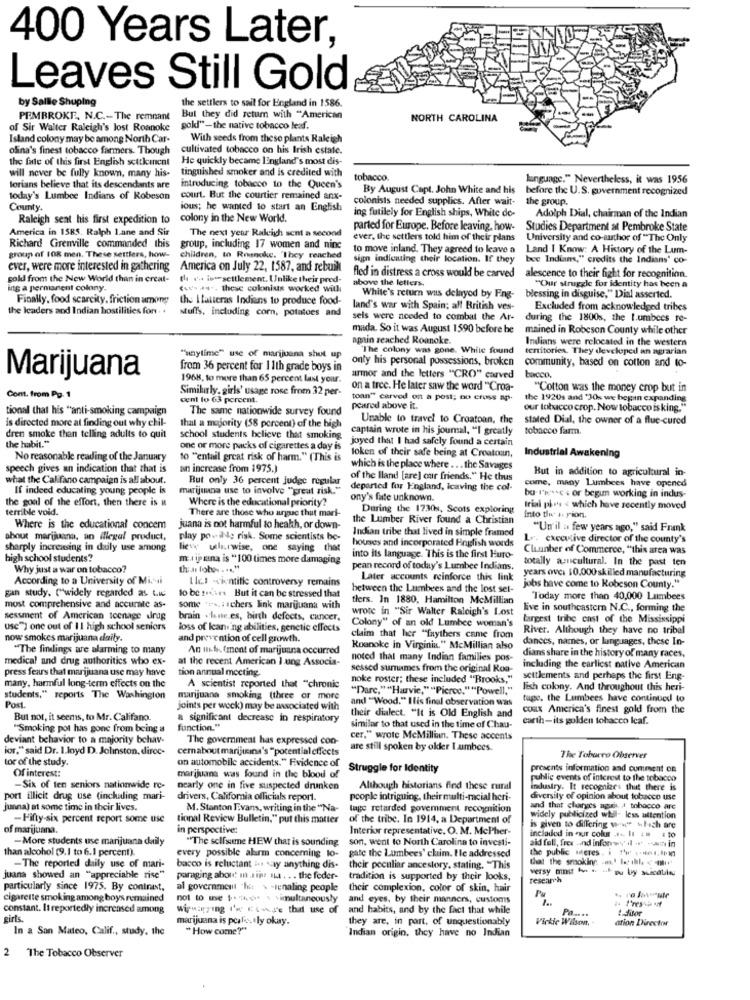
400 Years Later,
Leaves Still Gold
by Sallle Shuping
the settlers to sail for England in 1586.
PEMBROKE, N.C .- The remnant
But they did retum with "American
NORTH CAROLINA
of Sir Walter Raleigh's lost Roanoke
gold"-the native tobacco leaf.
Island colony may be among North Car-
With seeds from these plants Raleigh
ofina's finest tobacco farmers. Though
cultivated tobacco on his Irish estate.
the fate of this first English settkincnt
He quickly became England's most dis-
will never be fully known, many his-
tinguished smoker and is credited with
tobacco.
kunguage." Nevertheless, it was 1956
forians believe that its descendants are
introducing tobacco to the Queen's
By August Capt. John White and his
before the U.S. government recognized
today's Lumbee Indians of Robeson
court. But the courtier remained anx-
colonists needed supplics. After wait-
the group.
County.
ious; he wanted to start an English
Adolph Dial, chairman of the Indian
Raleigh seat his first expedition to
colony in the New World.
ing futilely for English ships, White de-
America in 1585. Ralph 1.ane and Sir
The next year Raleigh sent a second
parted for Europe. Before leaving, how-
Studies Department at Pembroke State
ever, the settlers told him of their plans
University and co-author of "The Only
Richard Grenville commanded this
group, including 17 women and ninc
to move inland. They agreed to leave a
Land I Know: A History of the Lum-
group of 108 men. These settlers, how-
children, to Roanoke. 'They reached
sign indicating their location. If they
bee Indians," credits the Indians' co-
ever, were more interested in gathering
America on July 22, 1587, and rebuilt
sold from the New World than in creat-
the isersettlement. Unlike their pred-
fled in distress a cross would be carved
above the letters.
alescence to their fight for recognition.
ing a permanent colony.
(we's ++ -- these colonius worked with
White's return was delayed by Fng-
"Our struggle for identity has been a
Finally, food scarcity, friction among
the Hatteras Indians to produce food-
blessing in disguise," Dial asserted.
the leaders and Indian hostilities for . .
stuffs, including corn, potatoes and
land's war with Spain; all British ves-
Excluded from acknowledged tribes
sels were needed to combat the Ar-
during the 1800s, the 1.umbces re-
mada. So it was August 1590 before he
mained in Robeson County while other
amin reached Roanoke.
Indians were relocated in the western
The colony was gone. White found
territories. They developed an agrarian
"anytime" use of marijuana shut up
only his personal possessions, broken
community, based on cotton and to-
from 36 percent for 1 1th grade boys in
bacco.
Marijuana
1968, to more than 65 percent last your.
armor and the letters "CRO" carved
Similarly, girls' usage rose from 32 per-
on a tree. He later saw the word "Croa-
"Cotton was the money crop but in
Cont. from Pp. 1
cent lo 63 percent.
toan" carved on a post; no cross ap.
the 1920s and '30s we begin expanding
tional that his "anti-smoking campaign
The same nationwide survey found
peared above it.
our tobacco crop. Now tobacco is king."
is directed more at finding out why chil-
Unable to travel to Croatoan, the
stated Dial, the owner of a flue-cured
that a majority (58 percent) of the high
captain wrote in his journal, "I greatly
tobacco farm
dren smoke than telling adults to quit
the habit."
school students believe that smoking
joyed that I had safcly found a certain
one or more packs of cigarettes a day is
loken of their safe being at Croatoun,
No reasonable reading of the January
to ""entail great risk of harm." (This is
Industrial Awakening
speech gives an indication that that is
an increase from 1975.)
which is the place where .. . the Savages
But in addition to agricultural in-
what the Califano campaign is all about.
But only 36 percent judge regular
of the lland [are] our friends." He thus
come, many Lumbees have opened
If indeed educating young people is
marijuana use to involve "great risk."
departed for England, Icaving the col-
the goal of the effort, then there is it
Where is the educational priority?
ony's fate unknown.
ba resse + or begun working in indus-
terrible void.
There are those who argue that mari-
During the 1730%, Scots exploring
trial plans < which have recently moved
the Lumber River found a Christian
into the' + rion.
Where is the educational concem
juana is not harmful to health, or down-
Indian tribe that lived in simple framed
"Un' il a few years ago," said Frank
about marijuana, an illegal product,
play povilde risk. Some scientists be-
houses and incorporated English words
r. executive director of the county's
sharply increasing in daily use among
lieve ulurwise, one saying that
Cluunber of Commerce, "this area was
high school students?
m. ijana is "100 times more damaging
into its language. This is the first Euro-
totally asuscultural. In the past ten
Why just a war on tobacco?
La fobo -.... "
pean record of today's Lumbee Indians.
years over 10,000 skilled manufacturing
According to a University of Mi.si
Llc.1 -ientitle controversy remains
Later accounts reinforce this link
gan study. ""widely regarded as w.w
to be soir. But it can be stressed that
between the Lumbees and the lost sel-
jobs have come to Robeson County."
tiers. In 1880, Hamilton McMillian
Today more than 40,000 Lumbees
most comprehensive and accurate as-
some *es. : schers link marijuana with
wrote in "Sir Walter Raleigh's Lost
live in southeastern N.C ., forming the
sessment of American teenage wirdg
brain .leute.es, birth defects, cancer.
largest tribe cast of the Mississippi
use") one out of 1 1 high school seniors
loss of Ican ng abilities, genetic effects
Colony" of an old Lumbee woman's
River. Although they have no tribal
now smokes marijuana daily.
and prevention of cell growth.
claim that her "faythers came from
dances, names, or languages, these In-
"The findings are alarming to many
An ud fment of marijuana occurred
Roanoke in Virginia." McMillian also
medical and drug authorities who ex-
at the recent American I ung Associa-
noted that many Indian families pos-
dians share in the history of many races,
press fears that marijuana use may have
tion annual meeting.
sessed surnames from the original Roa-
including the earliest native American
noke roster; these included "Brooks,"
settlements and perhaps the first Eng-
many, harmful long-term effects on the
A scientist reported that "chronic
lish colony. And throughout this heri-
students," reports The Washington
marijuana smoking (three or more
Dare,"Harvie.
and "Wood." Ilis final observation was
tupe. the Lumbees have continued to
Post.
joints per wock) may be associated with
their dialect. "It is Old English and
coax America's finest gold from the
But not, it seems, to Mr. Califano.
a significant decrease in respiratory
earth-its golden tobacco Icaf.
"Smoking pot has gone from being a
function."
similar to that used in the time of Chau-
deviant behavior to a majority bchav.
The government has expressed con-
cer." wrote McMilliun. These accents
for," said Dr. 1.loyd D. Johnston, direc-
cemabout marijicina's "potential effects
are still spoken by okler I umbces.
tor of the study.
on automobile accidents." Evidence of
The Tobacco Observer
Of interest:
Struggle for Identity
presents information and cumment on
marijuana was found in the blood of
public events of interest to the tobacco
Six of ten seniors nationwide re-
nearly one in five suspected drunken
Although historians find these rural
Industry. It recognizes thut there is
port illicit drug use (inchuling mari-
drivers, California officials report.
people intriguing, their multi-macial heri-
diversity of opinion about tobacco use
junna) at some time in their lives.
M. Stanton Evans, writing in the "Na-
tage retarded povemment recognition
and that changes again, I tobacco are
-Fifty-six percent report some use
tional Review Bulletin," put this matter
of the tribe. In 1914, a Department of
widely publicized will- Icss attention
of marijuana.
in perspective:
Interior representative. O. M. McPher-
is given to differing wer which are
-More students use marijuana daily
"The selfsumme HEW that is sounding
son, went to North Carolina to investi-
included in our colur .... It :# 4 10
aid fall, fres and inforwy il -* - win in
than alcohol (9.1 to 6.1 percent).
every possible alarm concerning lo-
the public teres. i "w .... ]
gate the Lumbees' clim. Ile addressed
that the smoking -! Io ilh & m"
-The reported daily use of mari-
bacco is reluctant ... y anything dis-
their peculiar ancestory, stating. "This
versy mt - - - by siatinu
juana showed an "appreciable rise"
paraging abord in Jij It . . . the foder-
tradition is supported by their looks,
research
particularly since 1975. By contrast,
al government 'hit > -tenaling people
their complexion, color of skin, hair
cigarette smoking among boys remained
not to the $."the s simultaneously
and eyes, by their manners, customs
constant. It reportedly increased among
wirmapping I'm Esuse that use of and habits, and by the fact that while
wipwigzing I'M E-se that use of
and habits, and by the fact that while
Po ....
& fitor
girls.
marijuana is porlo ly okay.
they are, in part, of unquestionably
Vickie Wilson,
ation Director
In a San Mateo, Calif ., study, the
"How come?"
Indian origin, they have no Indian
2 The Tobacco Observer